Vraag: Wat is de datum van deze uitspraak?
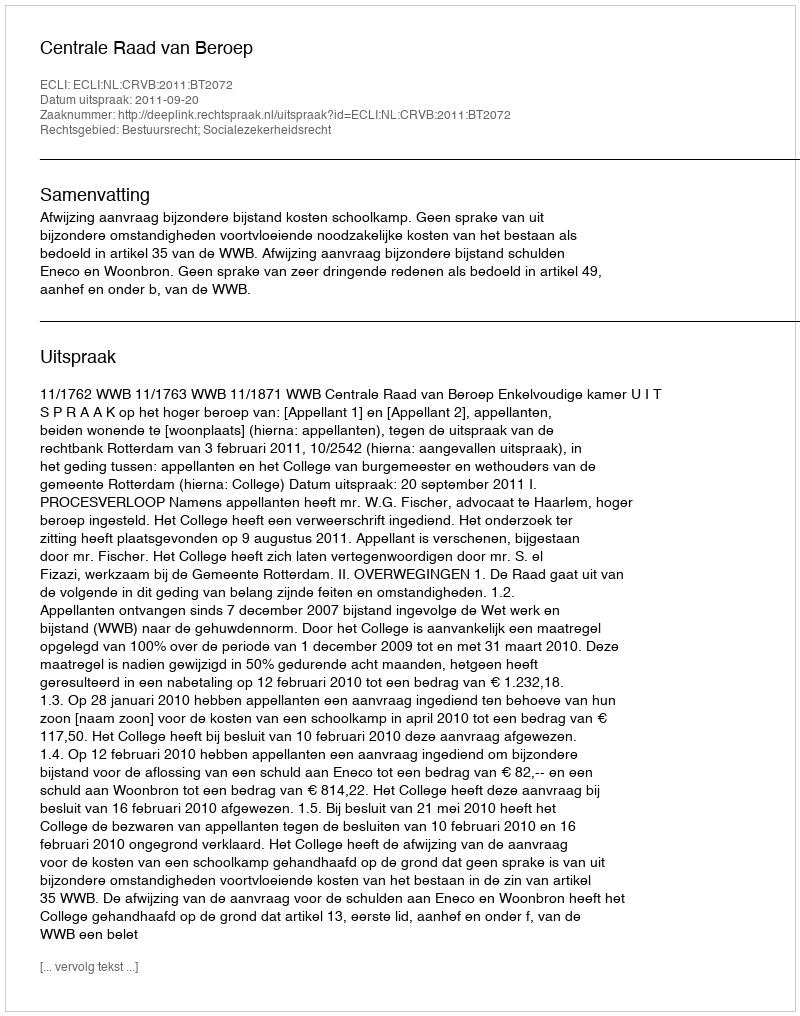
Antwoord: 2011-09-20